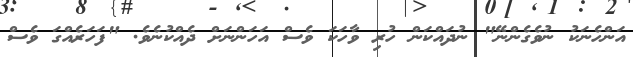
އަންހެނަކު ނުވެގެންނޭ" ނުދައްކަން ހުރި ވާހަކަ ވެސް އަހަންނަށް ދެއްކުނެވެ. "ފަހަރެއްގަ ވެސް